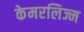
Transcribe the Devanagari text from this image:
केमरलिज्म